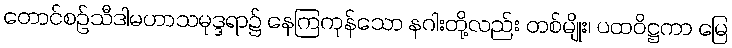
တောင်စဉ်သီဒါမဟာသမုဒ္ဒရာ၌ နေကြကုန်သော နဂါးတို့လည်း တစ်မျိုး၊ ပထဝိဋ္ဌကာ မြေ